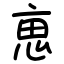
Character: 𠅤